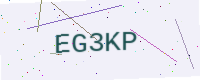
Text: EG3KP